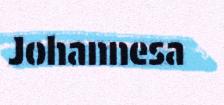
Johannesa